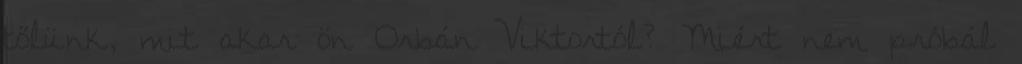
tőlünk, mit akar ön Orbán Viktortól? Miért nem próbál